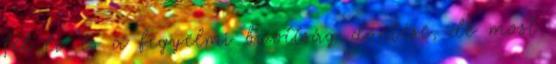
fél év és a fegyelmi bizottság döntése, de most